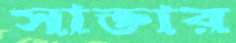
সাক্তার